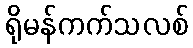
ရိုမန်ကက်သလစ်